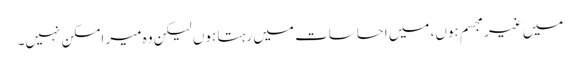
میں غیر مجسم ہوں، میں احساسات میں رہتا ہوں لیکن وہ میر امسکن نہیں۔